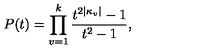
P ( t ) = \prod _ { v = 1 } ^ { k } \frac { t ^ { 2 | \kappa _ { v } | } - 1 } { t ^ { 2 } - 1 } ,